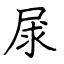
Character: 㞗